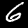
Digit: 6